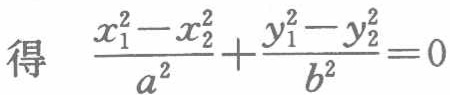
得 $\frac{x_{1}^{2}-x_{2}^{2}}{a^{2}}+\frac{y_{1}^{2}-y_{2}^{2}}{b^{2}} = 0$